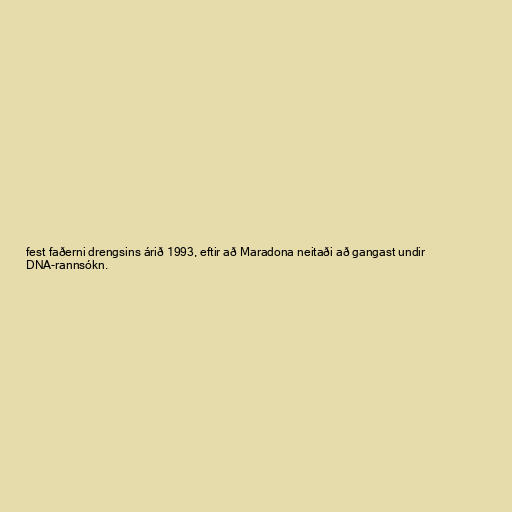
fest faðerni drengsins árið 1993, eftir að Maradona neitaði að gangast undir
DNA-rannsókn.